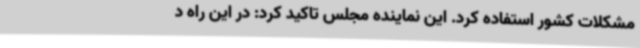
مشکلات کشور استفاده کرد. این نماینده مجلس تاکید کرد: در این راه د